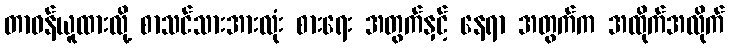
တာဝန်ယူထားလို့ စာသင်သားအားလုံး စားရေး အတွက်နှင့် နေရာ အတွက်က အထိုက်အလိုက်